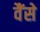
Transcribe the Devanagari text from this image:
वैंसे